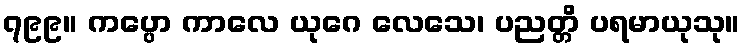
၇၉၉။ ကပ္ပော ကာလေ ယုဂေ လေသေ၊ ပညတ္တိ ပရမာယုသု။